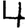
Digit: 4